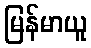
မြန်မာယူ